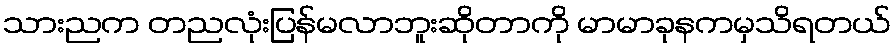
သားညက တညလုံးပြန်မလာဘူးဆိုတာကို မာမာခုနကမှသိရတယ်